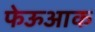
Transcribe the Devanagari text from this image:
फेऊआक